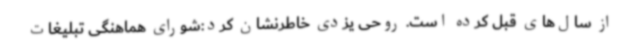
از سال‌های قبل کرده است. روحی یزدی خاطرنشان کرد:شورای هماهنگی تبلیغات